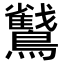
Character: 𮭜